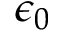
\epsilon _ { 0 }